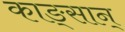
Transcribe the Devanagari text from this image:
काङ्सान्